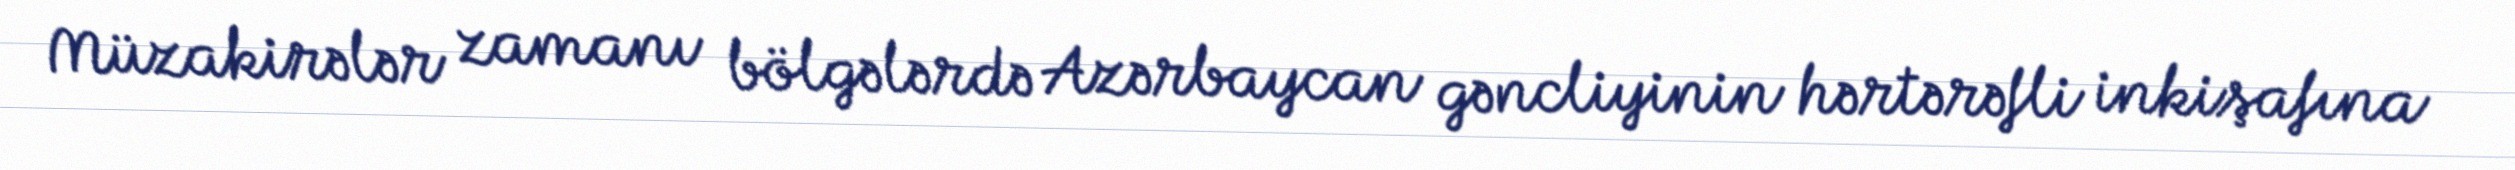
Müzakirələr zamanı bölgələrdə Azərbaycan gəncliyinin hərtərəfli inkişafına